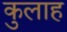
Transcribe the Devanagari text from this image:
कुलाह